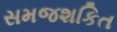
સમજશકિત